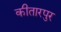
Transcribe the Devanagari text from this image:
कीतारपुर